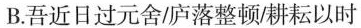
B.吾近日过元舍/庐落整顿/耕耘以时